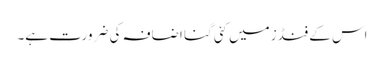
اس کے فنڈز میں کئی گنا اضافہ کی ضرورت ہے۔